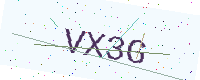
Text: VX3G